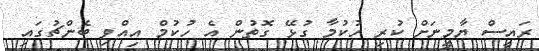
ރައީސް ޔާމީނަށް ކުރި ހުކުމާ ގުޅޭ ގޮތުން އެ ހުކުމް އިއްވި ބެންޗުގައި